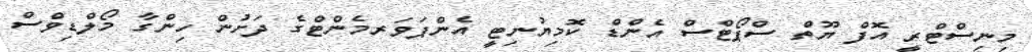
މިނިސްޓްރީ އޮފް ޔޫތް ސްޕޯޓްސް އެންޑް ކޮމިޔުނިޓީ އެންޕަވަރމެންޓްގެ ދަށުން ހިންގާ މޯލްޑިވްސް